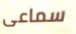
سماعى